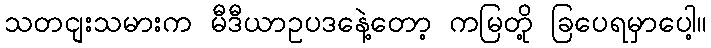
သတငျးသမားက မီဒီယာဥပဒနေဲ့တော့ ကမြတို့ ခြပေရမှာပေါ့။